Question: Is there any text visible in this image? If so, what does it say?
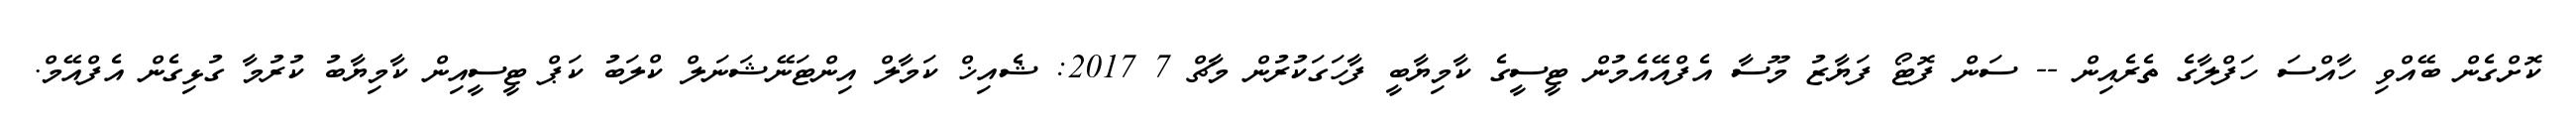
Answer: ކޮށްގެން ބޭއްވި ހާއްސަ ހަފްލާގެ ތެރެއިން -- ސަން ފޮޓޯ ފަޔާޒު މޫސާ އެފްއޭއެމުން ޓީސީގެ ކާމިޔާބީ ފާހަގަކުރުން މާޗް 7 2017: ޝެއިޚް ކަމާލް އިންޓަނޭޝަނަލް ކްލަބު ކަޕް ޓީސީއިން ކާމިޔާބު ކުރުމާ ގުޅިގެން އެފްއޭމް.